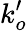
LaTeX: k_{o}^{\prime}